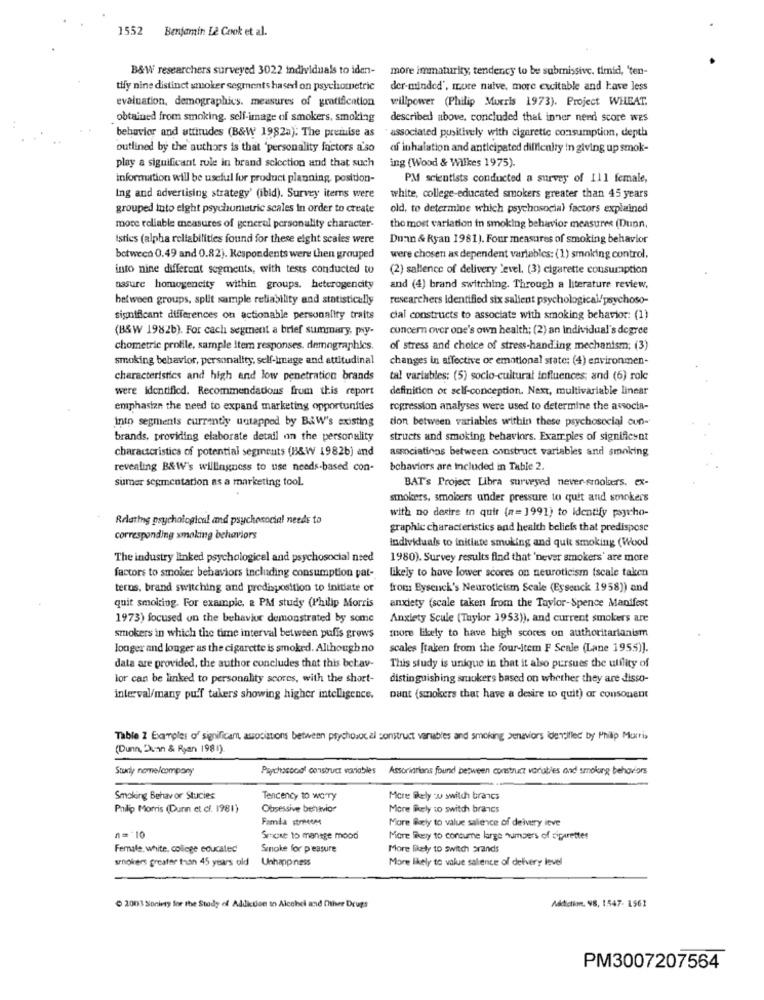
1552
Benjamin Lè Cook et al.
B&W researchers surveyed 3022 individuals to iden-
more immaturity, tendency to be submissive. timid, 'ten-
tify nine distinct smoker segments hased on psychometric
der-minded', more naive, more excitable and have less
evaluation, demographics. measures of gratification
willpower (Philip Morris 1973). Project WHEAT.
obtained from smoking, self-image of smokers, smoking
described above, concluded that inner need score wes
associated pusitively with cigarette consumption, depth
behavior and attitudes (B&W 1982a): The preiuise as
outlined by the authors is that 'personality factors a'so
af inhalation and anticipated diffienity in giving up smok-
ing (Wood & Wilkes 1975)
play a significant role in brand selection and that such
information will be useful for product planning, position-
PM scientists conducted a survey of Ill female,
Ing and advertising strategy' (ibid). Survey iterns were
white, college-educated smokers greater than 45 years
grouped into eight psychunetric scales in order to create
old, to determine which psychosocial factors explained
more reliable measures of general personality character-
the most variation in smoking behavior measures (Dunn,
Istics (alpha reliabilities found for these eight scales were
Dunn & Ryan 1981). Four measures of smoking behavior
between 0.49 and 0.82). Respondents were then grouped
were chosen as dependent variables: (1) smoking control,
into nine different segments, with tests conducted to
(2) salience of delivery level, (3) cigarette consumption
assure homogeneity within groups, heterogencity
and (4) brand switching. Through a literature review,
hetween groups, split sample reliability and statistically
researchers identified six sallent psychological/psychoso-
significant differences on actionable personality traits
cial constructs to associate with smoking behavior: (1)
(B&W 1982b). For cach segment a brief summary, pry-
ouncern over one's own health; (2) an Individual's degree
chometric profile, sample item responses. demographics.
of stress and choice of stress-handing mechanism; (3)
smoking behavior, personality, self-image and attitudinal
changes in affective or emotional state: (4) environmen-
characteristics and high and low penetration brands
tal variables: (5) socio-cultural influences; and (6) role
were identified. Recommendations from this report
definition of self-conception. Next, multivariable linear
emphasize the need to expand marketing opportunities
rogression analyses were used to determine the associa-
Into segments currently untapped by B&W's existing
don between variables within these psychosocial aun-
brands, providing elaborate detail on the personality
structs and smoking behaviors. Examples of significant
characteristics of potential segments (B&W 1982b) and
associatings between construct vartables and smoking
revealing B&W's willingness to use needs-based con-
behaviors are included in Table 2.
sumer segmentation as a marketing tool.
BAT's Project Libra surveyed never-crookers. ex-
smokers, smoleers under pressure to quit and smokers
Rdating psychological and psychosocial needs to
with no desire to quit (n= 1991) to identify psycho-
graphic characteristics and health beliefs that predispose
corresponding smoking behaviors
Individuals to initiate smoking and quit smoking (Wood
The industry linked psychologicel and psychosocial need
1980). Survey results find that 'never smokers' are more
factors to smoker behaviors including consumption pat-
likely to have lower scores on neuroticism (scale taken
teros, brand switching and predisposition to initiate or
from Byseuck's Neuroticism Scale (Eysenck 1958)) and
quit smoking. For example, & PM study (Philip Morris
anxiety (scale taken from the Taylor-Spence Manifest
1973) focused on the behavior demonstrated by some
Anxiety Scale (Taylor 1953)), and current smokers are
more likely to have high scores on authoritarianism
szuokers in which the time interval between puffs grows
Jonger and longer as the cigarette is smoked. Although no
scales [taken from the four-item F Scale (Lane 1955)].
data are provided, the author concludes that this bekav-
This study is unique in that it also pursues the utility of
lor can be linked to personality scores, with the short-
distinguishing smokers based on whether they are disso-
interval/many puff takers showing higher intelligence.
pant (smokers that have a desire to quit) or consouent
Table 2 Examples of significam, associations between psychosocial construct variables and smoking penaviors identifled by Philip Morris
(Dunn, Dunn & Ryan 198 1).
Study nome/company
Papchascool construct variables
Associations found between construct variables and smoking behaviors
Smoking Behavor Stucies
Tencency to worry
More likely : switch brancs
Philip Morris (Dunn et cl. 1981)
Obsessive behavior
More likely to switch brands
Famda strntem
More Boly to value salience of delivery itve
n= 10
Smoke to manage mood
More likely to consume large numbers of cipiretter
Female, white, college educated
Smoke for pleasure
More likely to switch brands
smokers greater than 45 years old Unhappiness
More likely to value salience of delivery level
Addiction, 98, 1547- 1561
2001 Soninty for the Study of Addition to Alcohol and Other Drugs
PM3007207564